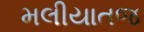
મલીયાતજ